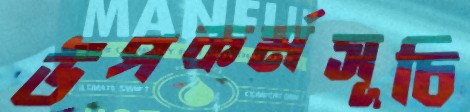
উপকর্মসূচি